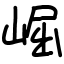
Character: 崛